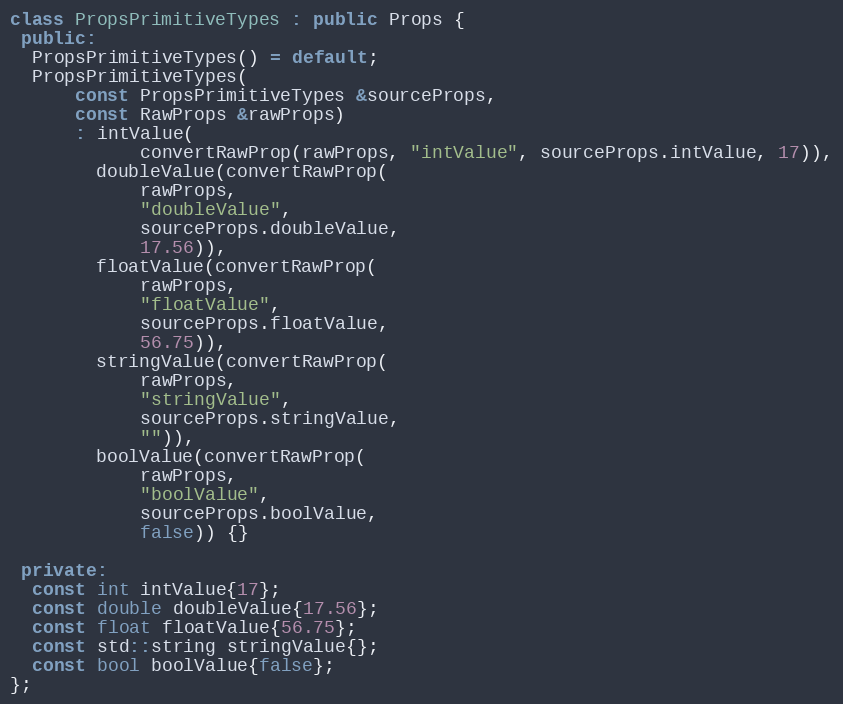
Language: C++
class PropsPrimitiveTypes : public Props {
 public:
  PropsPrimitiveTypes() = default;
  PropsPrimitiveTypes(
      const PropsPrimitiveTypes &sourceProps,
      const RawProps &rawProps)
      : intValue(
            convertRawProp(rawProps, "intValue", sourceProps.intValue, 17)),
        doubleValue(convertRawProp(
            rawProps,
            "doubleValue",
            sourceProps.doubleValue,
            17.56)),
        floatValue(convertRawProp(
            rawProps,
            "floatValue",
            sourceProps.floatValue,
            56.75)),
        stringValue(convertRawProp(
            rawProps,
            "stringValue",
            sourceProps.stringValue,
            "")),
        boolValue(convertRawProp(
            rawProps,
            "boolValue",
            sourceProps.boolValue,
            false)) {}

 private:
  const int intValue{17};
  const double doubleValue{17.56};
  const float floatValue{56.75};
  const std::string stringValue{};
  const bool boolValue{false};
};